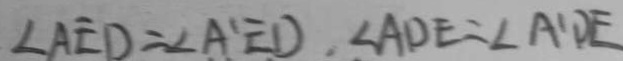
\angle A E D = \angle A ^ { \prime } E D . \angle A D E = \angle A ^ { \prime } D E